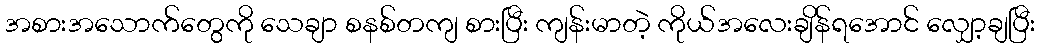
အစားအသောက်တွေကို သေချာ စနစ်တကျ စားပြီး ကျန်းမာတဲ့ ကိုယ်အလေးချိန်ရအောင် လျှော့ချပြီး